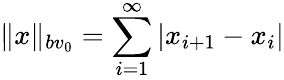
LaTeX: \| x\| _{bv_{0}}=\sum_{i=1}^{\infty}|x_{i+1}-x_{i}|